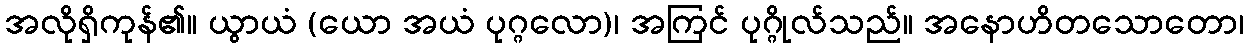
အလိုရှိကုန်၏။ ယွာယံ (ယော အယံ ပုဂ္ဂလော)၊ အကြင် ပုဂ္ဂိုလ်သည်။ အနောဟိတသောတော၊